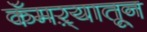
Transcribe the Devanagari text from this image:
कॅमऱ्यातून